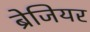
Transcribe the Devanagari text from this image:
ब्रेजियर